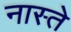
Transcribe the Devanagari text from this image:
नास्‍ते